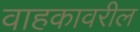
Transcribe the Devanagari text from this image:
वाहकावरील